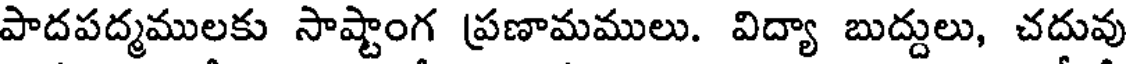
పాదపద్మములకు సాష్టాంగ ప్రణామములు. విద్యా బుద్దులు, చదువు